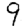
Digit: 9